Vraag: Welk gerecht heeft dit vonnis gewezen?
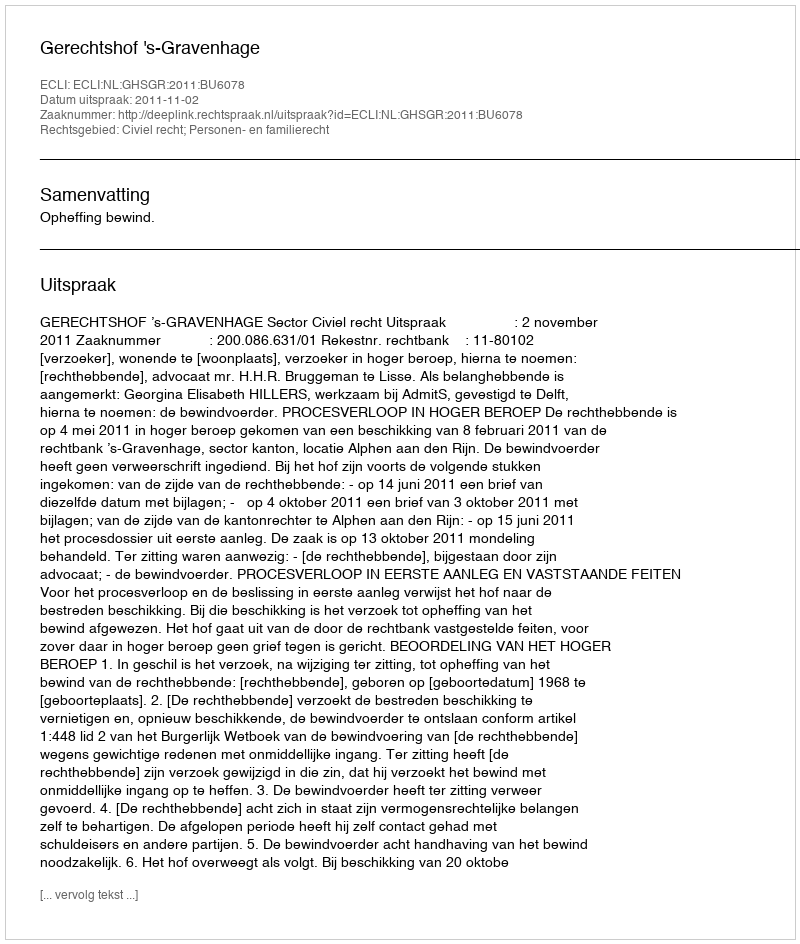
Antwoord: Gerechtshof 's-Gravenhage